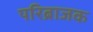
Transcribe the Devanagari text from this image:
परिब्राजक